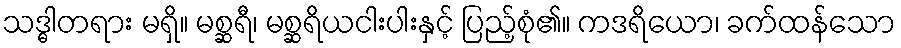
သဒ္ဓါတရား မရှိ။ မစ္ဆရီ၊ မစ္ဆရိယငါးပါးနှင့် ပြည့်စုံ၏။ ကဒရိယော၊ ခက်ထန်သော